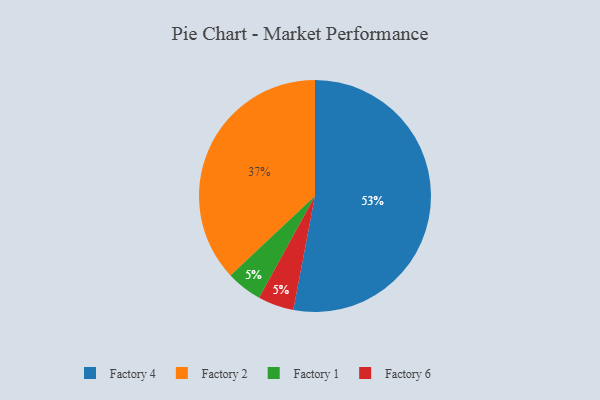
{"axis": {"x": "Category", "y": "Percentage"}, "legend": ["Factory 1", "Factory 2", "Factory 4", "Factory 6"], "data": [{"x": "Factory 2", "y": 37, "type": "Factory 2"}, {"x": "Factory 1", "y": 5, "type": "Factory 1"}, {"x": "Factory 6", "y": 5, "type": "Factory 6"}, {"x": "Factory 4", "y": 53, "type": "Factory 4"}]}